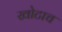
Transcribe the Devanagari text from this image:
खोटाच